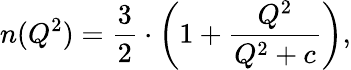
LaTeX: n(Q^{2})={\frac{3}{2}}\cdot\left(1+{\frac{Q^{2}}{Q^{2}+c}}\right),